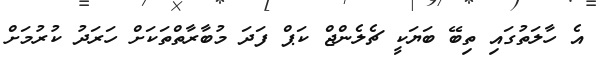
އެ ހާލަތުގައި ތިބޭ ބަޔަކީ ޗެލެންޖް ކަޕް ފަދަ މުބާރާތްތަކަށް ހަރަދު ކުރުމަށް